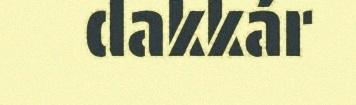
dakkár